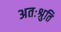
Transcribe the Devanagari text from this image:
अतःश्रुति